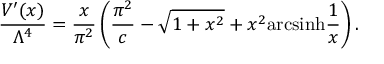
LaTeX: \frac { V ^ { \prime } ( x ) } { \Lambda ^ { 4 } } = \frac { x } { \pi ^ { 2 } } \left( \frac { \pi ^ { 2 } } { c } - \sqrt { 1 + x ^ { 2 } } + x ^ { 2 } \mathrm { a r c s i n h } \frac { 1 } { x } \right) .